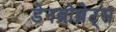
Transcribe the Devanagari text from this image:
डेनब्रोब्रेट्स